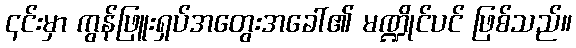
၎င်းမှာ ကွန်ဖြူးရှပ်အတွေးအခေါ်၏ မဏ္ဍိုင်ပင် ဖြစ်သည်။